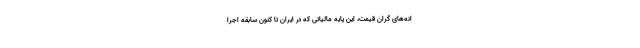
انه‌های گران قیمت، این پایه مالیاتی که در ایران تا کنون سابقه اجرا